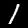
Digit: 1